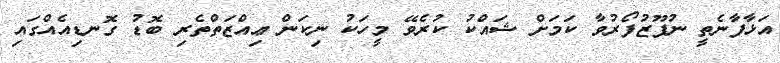
އަޅާފާނެތީ ނުފޫޒުފޯރުވާ ކަމަށް ޝައްކު ކުރެވޭ މީހަކު ނިކަން ޢިއްޒަތްތެރި ބޮޑު ގޮނޑިއެއްގައި